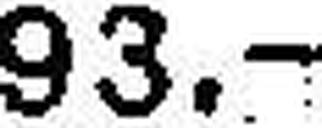
93.—